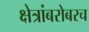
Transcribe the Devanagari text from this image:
क्षेत्रांबरोबरच